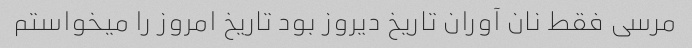
مرسی فقط نان آوران تاریخ دیروز بود تاریخ امروز را میخواستم